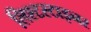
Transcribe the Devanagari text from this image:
लिश्टस्टाइनर